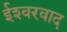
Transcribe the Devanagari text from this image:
ईश्‍वरवाद